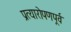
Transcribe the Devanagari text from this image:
प्रत्यारोपणपूर्व